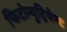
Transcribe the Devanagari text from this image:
फिटोन्युट्रियेण्ट